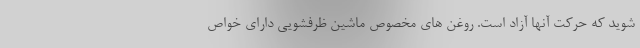
شوید که حرکت آنها آزاد است. روغن های مخصوص ماشین ظرفشویی دارای خواص